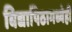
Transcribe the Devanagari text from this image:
विद्यापिठामध्येही